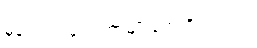
မှန်းတွက်ချက်တာမျိုးတွေ ရှိပါတယ်။